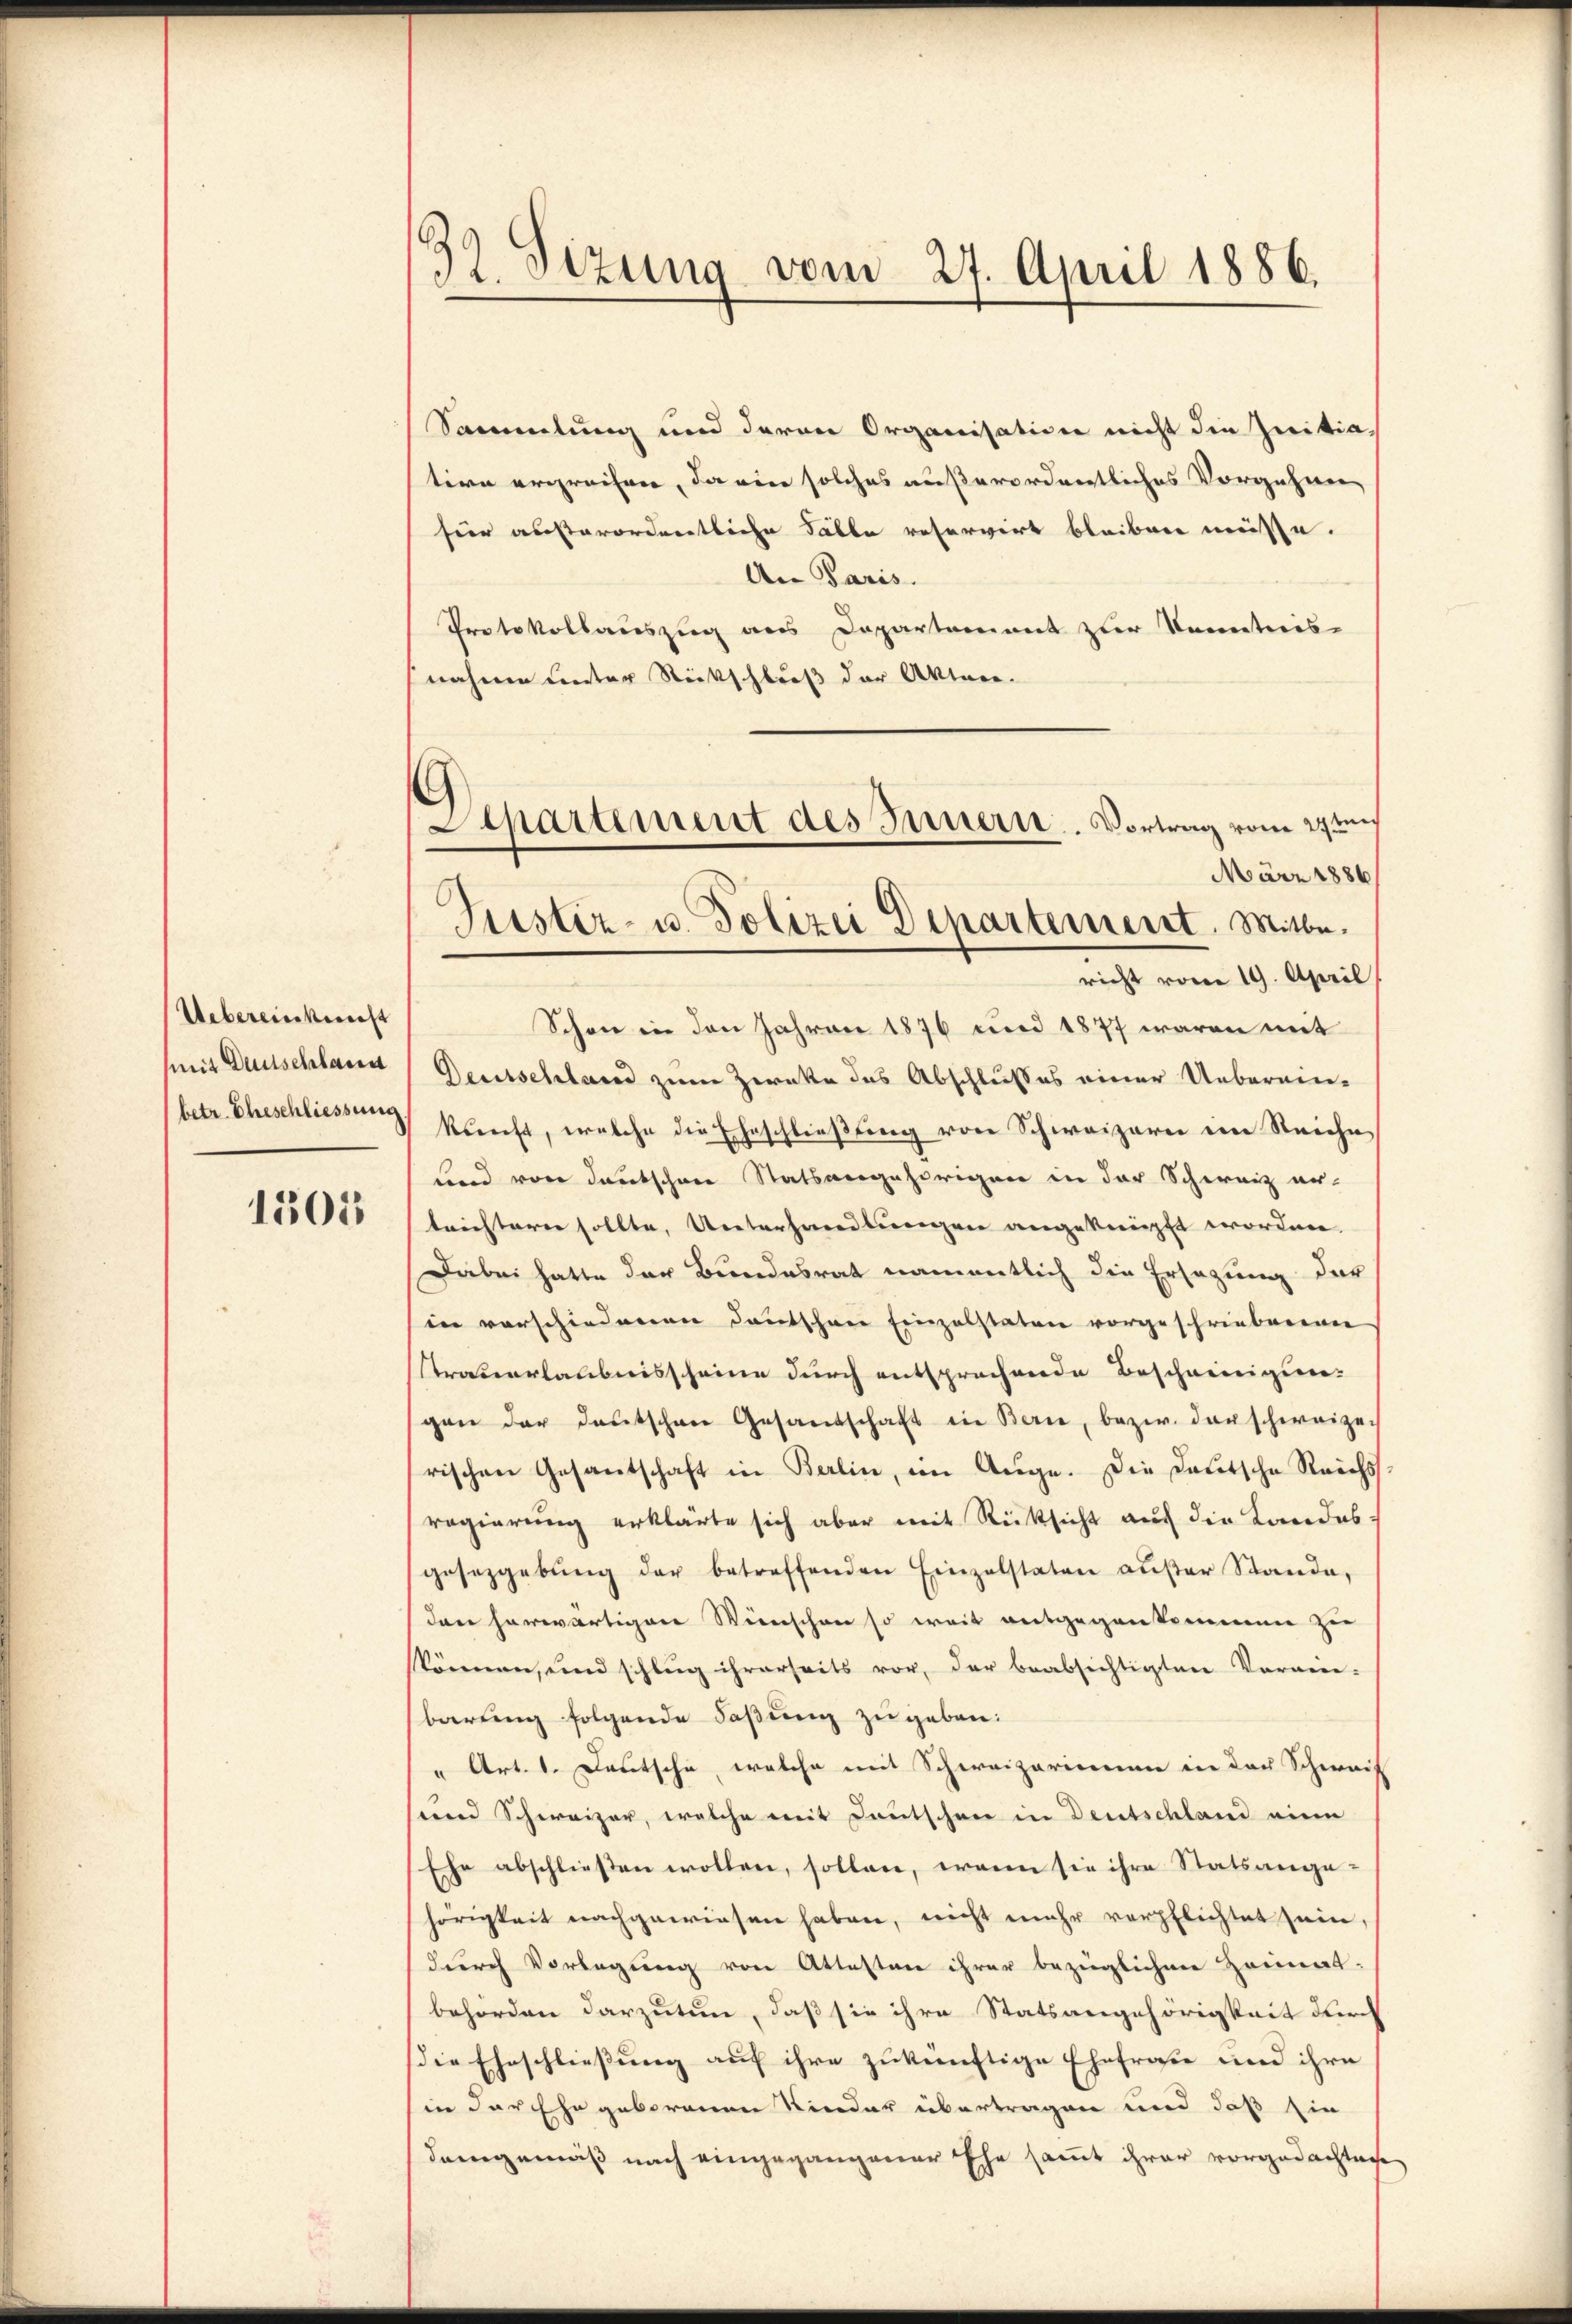
Uebereinbericht
mit Deutschland
(betr. Eheschliessung

1505

12 Sizung vom 27. April 1886.

¬
Departement des Innern. Vortrag vom 29ten
März 1886
Justiz- u. Polizei Departement. Mitte.

Sammlung und deren Organisation nicht die Initiatire ergrechen, da ein solches außerordentliches Vorgehen,
für außerordentliche Fälle reservirt bleiben müsse.
An Paris.
Protokollauszug aus Departement zur Kenntnis-
nahmen unter Rückschluß der Akten.
richt vom 19. April
Schon in den Jahren 1876 und 1877 waren mit
Deutschland zum Zwecke des Abschlusses einer Ueberein-
kunft, welche die Eheschließung von Schweizerei im Reiche
ind von deutschen Statsangehörigen in der Schweiz er-
trichtern sollte, Unterhandlungen angeknüpft worden.
Dabei hatte der Bundesrat namentlich die Ersezung der
in vorschiedenen Deutschene Einzelstaten vorgeschriebenenen
Straberlaubnisscheine durch entsprechende Bescheinigung
gen der deutschen Gesandschaft in Bern, bezw. der schweizerischen Gesantschaft in Berlin, im Auge. Die Deutsche Reichs
regierung erklärte sich aber mit Rücksicht auch die Landes
gesetzgebŭng der betreffenden Einzelstaten aŭβer Stande,
den herwärtigen Winschen so weit entgegenkommene Zei
können, und schlug ihrerseits vor, der beabsichtigten Vorwie-
barung folgende Faßung zugeben:
" Art. 1. Deutsche, welche mit Schweizerinnen in der Schwais
vnnd Schweizer, welche mit Deutschen in Deutschland eine
Ehe abschließen wollen, sollen, wenn sie ihre Statsange-
hörigkeit nachgewiesen haben, nicht mehr verpflichtet sein,
durch Vorlegung von Attesten ihrer bezüglichen Heimat.
behörden darzutun, daß sie ihre Statsangehörigkeit durch
die Eheschließung auf ihre zukünftige Ehefraße und ihre
in der Ehe geborenen Kinder übertragen und daß sie
Demgemäß nach eingegangener Ehe sammt ihrer vorgedachten